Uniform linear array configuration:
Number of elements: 4
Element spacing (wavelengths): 0.25
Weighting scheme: exponential
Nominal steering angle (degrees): -60
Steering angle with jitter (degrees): -58.779
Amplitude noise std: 0.05
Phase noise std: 0.05

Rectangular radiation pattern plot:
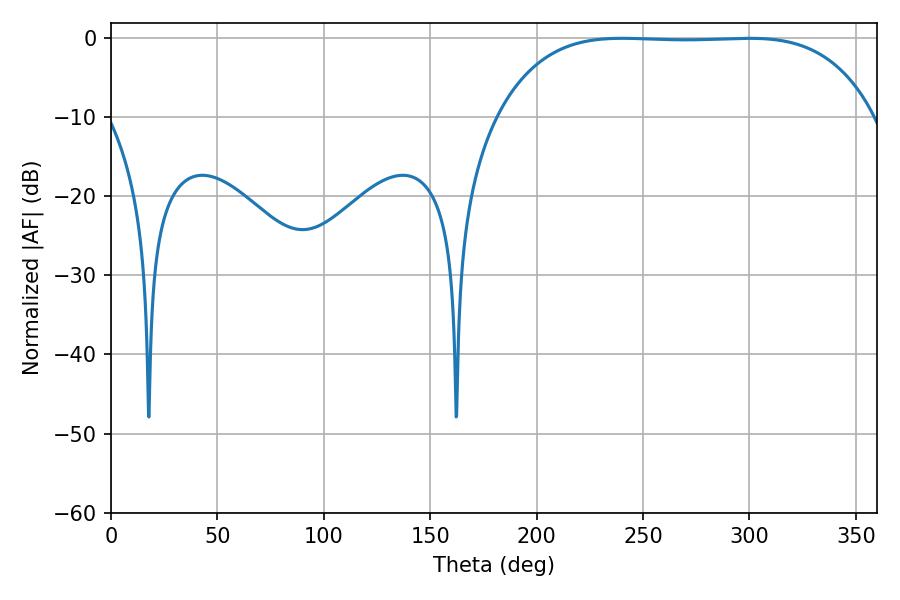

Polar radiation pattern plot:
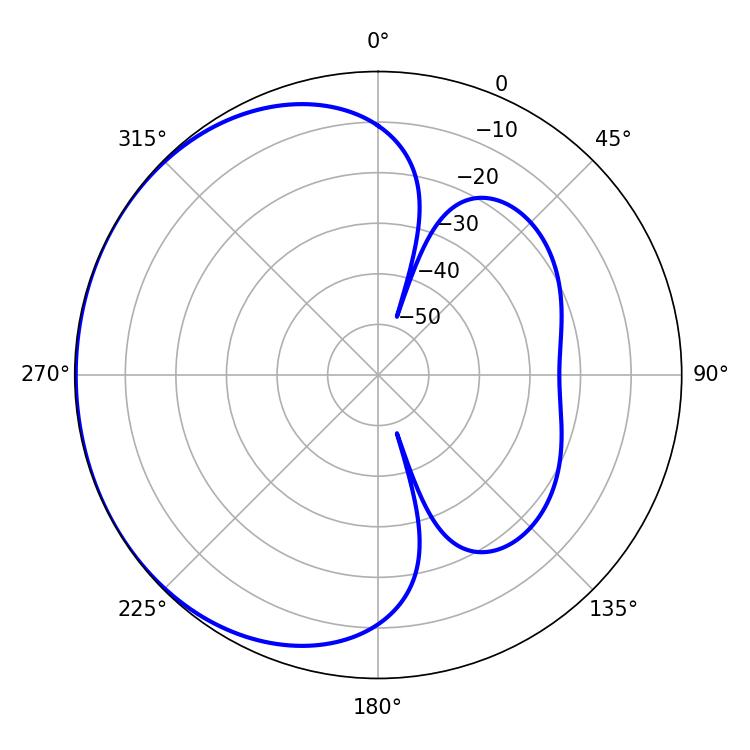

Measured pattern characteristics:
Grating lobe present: FALSE
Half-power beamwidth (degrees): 137.16
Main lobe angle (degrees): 240.3